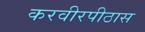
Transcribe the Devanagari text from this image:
करवीरपीठास